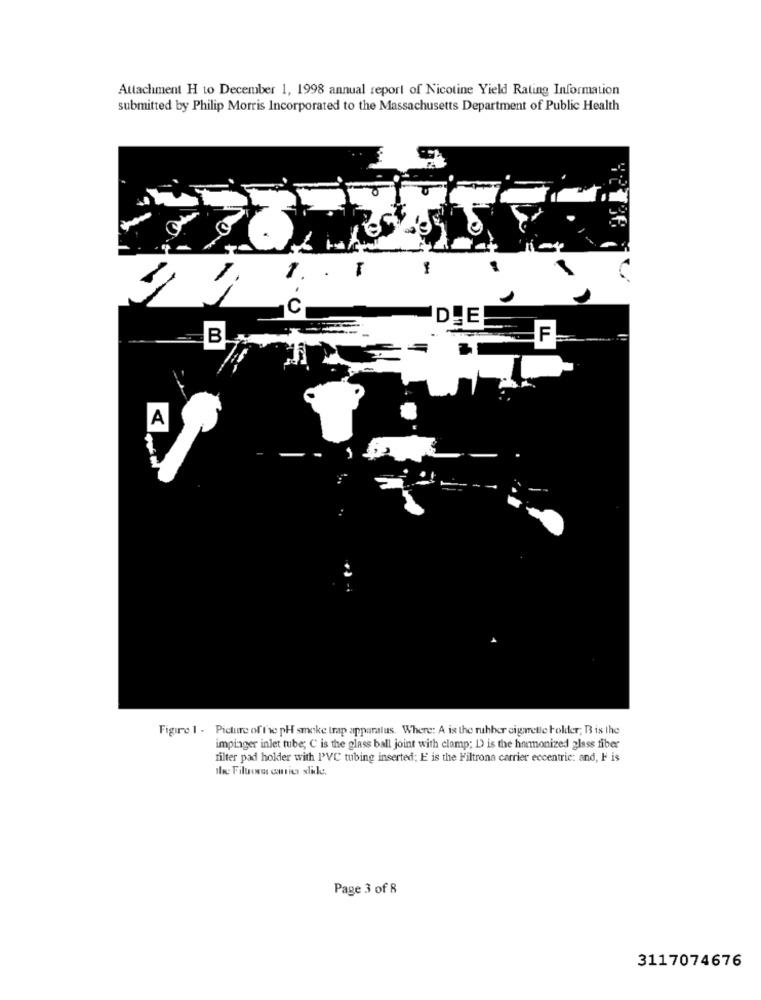
Attachment H to December 1, 1998 annual report of Nicotine Yield Rating Information
submitted by Philip Morris Incorporated to the Massachusetts Department of Public Health
DIE
B
F
A
Figure 1 - Picture of the pH smoke trap apparalus. Where: A is the ruhher cigaretle Folder; B is the
impinger inlet tube; C is the glass ball joint with clamp; D) is the harmonized glass fiber
filter pad holder with l'VC tubing inserted; E is the Filtrona carrier eccentric: and, F is
Page 3 of 8
3117074676